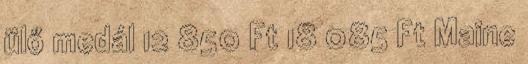
ülő medál 12 850 Ft 18 085 Ft Maine